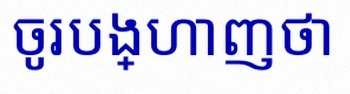
ចូរបង្ហាញថា